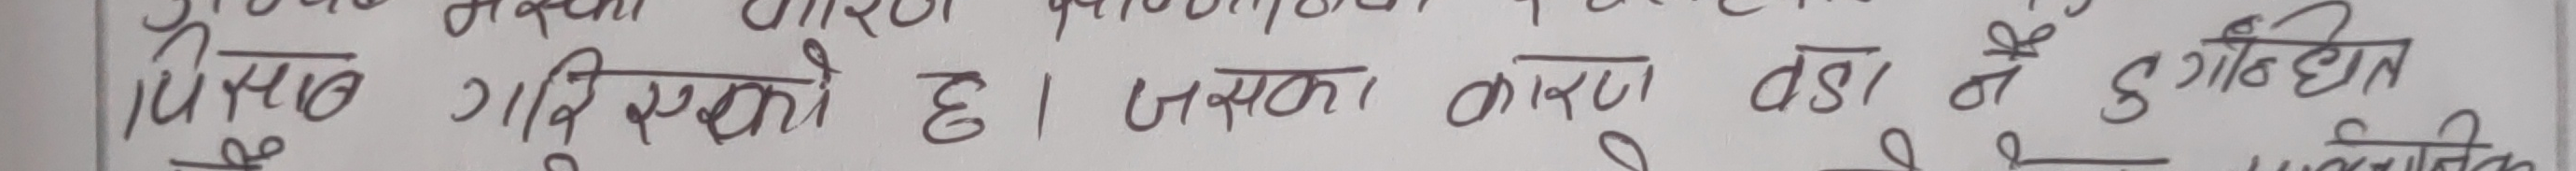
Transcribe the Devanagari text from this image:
प्रसिद्ध गरिसकेको छ। यसको कारण वडा नं ३ गोठहित